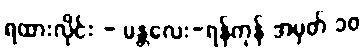
ရထားလိုင်း - မန္တလေး-ရန်ကုန် အမှတ် ၁၀